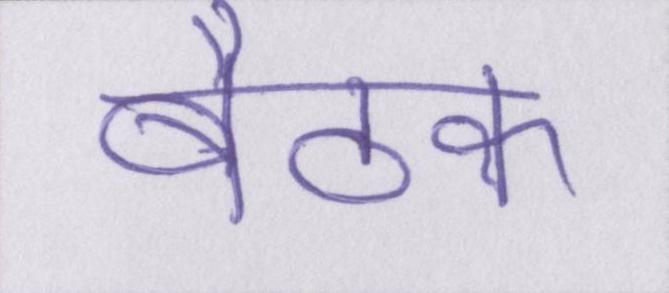
बैठक